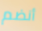
أنضم